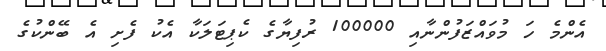
އެންމެ ހަ މުވައްޒަފުންނާއި 100000 ރުފިޔާގެ ކެޕިޓަލަކާ އެކު ފެށި އެ ބޭންކުގެ